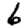
Digit: 6